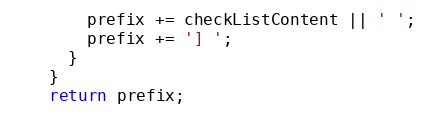
Language: JavaScript
        prefix += checkListContent || ' ';
        prefix += '] ';
      }
    }
    return prefix;